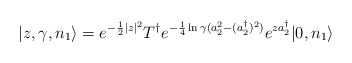
\begin{align*}|z,\gamma,n_1\rangle=e^{-\frac{1}{2}|z|^2}T^\dagger e^{-\frac{1}{4}\ln\gamma(a_2^2-(a_2^\dagger)^2)}e^{za_2^\dagger}|0,n_1\rangle\end{align*}